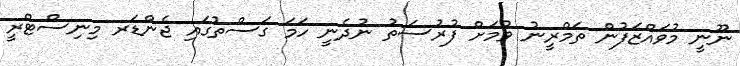
ނޫނީ މުވައްޒަފުން ތަމްރީނު ވުމަށް ފުރުސަތު ނުދެނީ ހަމަ ގަސްތުގައި ޖެންޑަރ މިނިސްޓްރީ